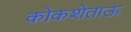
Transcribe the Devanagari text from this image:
कोकशेताऊ